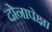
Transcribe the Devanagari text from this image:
दोनापेक्षा